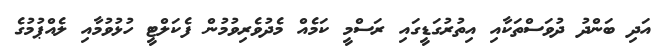
އަދި ބަންދު ދުވަސްތަކާއި އިތުރުގަޑީގައި ރަސްމީ ކަމެއް މެދުވެރިވުމުން ފެކަލްޓީ ހުޅުވުމާއި ލެއްޕުމުގެ